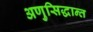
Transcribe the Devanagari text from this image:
अणुसिद्धान्त